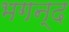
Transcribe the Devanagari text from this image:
भगन्द